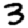
Digit: 3